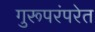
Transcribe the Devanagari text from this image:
गुरूपरंपरेत